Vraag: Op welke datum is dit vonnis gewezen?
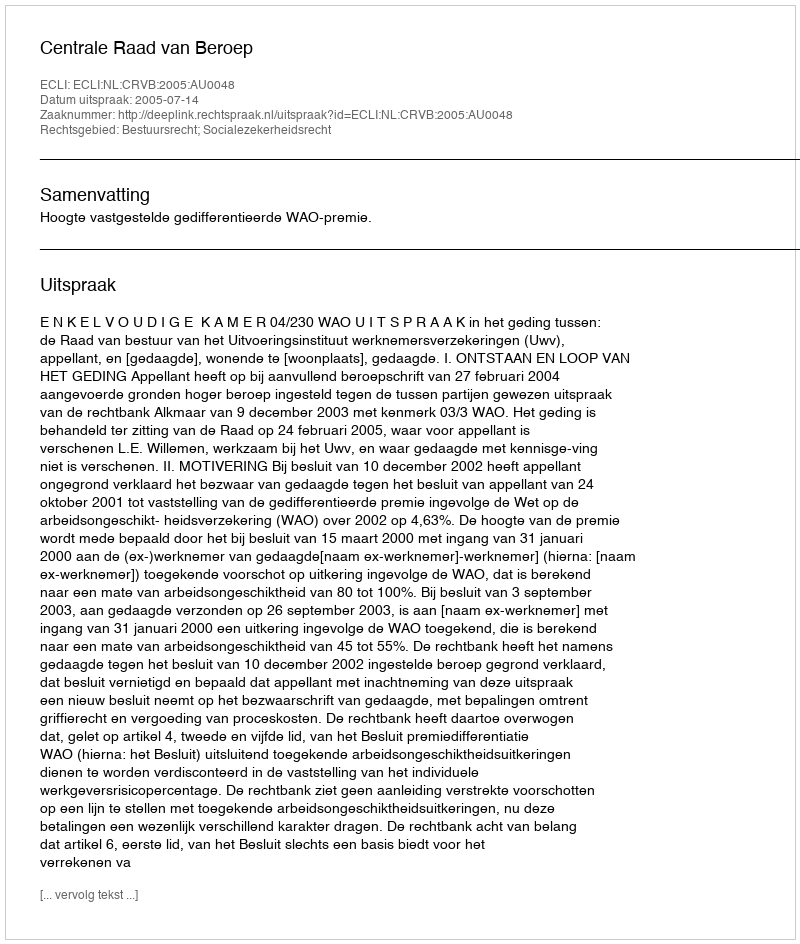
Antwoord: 2005-07-14